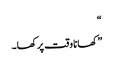
“
”کھانا وقت پر کھا۔